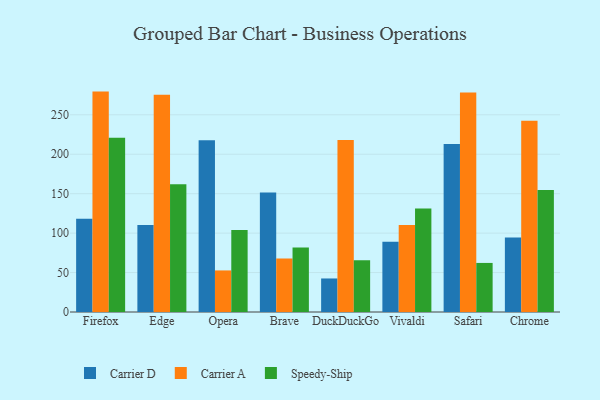
{"axis": {"x": "Browser", "y": "Headcount"}, "legend": ["Carrier A", "Carrier D", "Speedy-Ship"], "data": [{"x": "Firefox", "y": 118.1, "type": "Carrier D"}, {"x": "Firefox", "y": 279.4, "type": "Carrier A"}, {"x": "Firefox", "y": 220.9, "type": "Speedy-Ship"}, {"x": "Edge", "y": 110.2, "type": "Carrier D"}, {"x": "Edge", "y": 275.4, "type": "Carrier A"}, {"x": "Edge", "y": 162.0, "type": "Speedy-Ship"}, {"x": "Opera", "y": 217.8, "type": "Carrier D"}, {"x": "Opera", "y": 52.7, "type": "Carrier A"}, {"x": "Opera", "y": 103.8, "type": "Speedy-Ship"}, {"x": "Brave", "y": 151.4, "type": "Carrier D"}, {"x": "Brave", "y": 67.7, "type": "Carrier A"}, {"x": "Brave", "y": 81.8, "type": "Speedy-Ship"}, {"x": "DuckDuckGo", "y": 42.5, "type": "Carrier D"}, {"x": "DuckDuckGo", "y": 217.9, "type": "Carrier A"}, {"x": "DuckDuckGo", "y": 65.5, "type": "Speedy-Ship"}, {"x": "Vivaldi", "y": 89.1, "type": "Carrier D"}, {"x": "Vivaldi", "y": 110.3, "type": "Carrier A"}, {"x": "Vivaldi", "y": 131.2, "type": "Speedy-Ship"}, {"x": "Safari", "y": 213.0, "type": "Carrier D"}, {"x": "Safari", "y": 278.4, "type": "Carrier A"}, {"x": "Safari", "y": 62.2, "type": "Speedy-Ship"}, {"x": "Chrome", "y": 94.4, "type": "Carrier D"}, {"x": "Chrome", "y": 242.5, "type": "Carrier A"}, {"x": "Chrome", "y": 154.7, "type": "Speedy-Ship"}]}